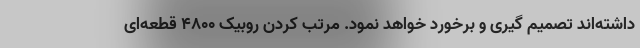
داشته‌اند تصمیم گیری و برخورد خواهد نمود. مرتب کردن روبیک ۴۸۰۰ قطعه‌ای